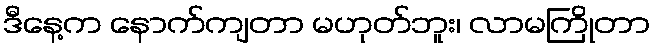
ဒီနေ့က နောက်ကျတာ မဟုတ်ဘူး၊ လာမကြိုတာ